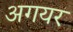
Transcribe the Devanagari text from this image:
अगयर